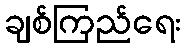
ချစ်ကြည်ရေး